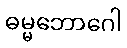
ဓမ္မဘောဂေါ